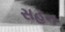
સહન